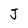
Character: J